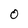
Character: O